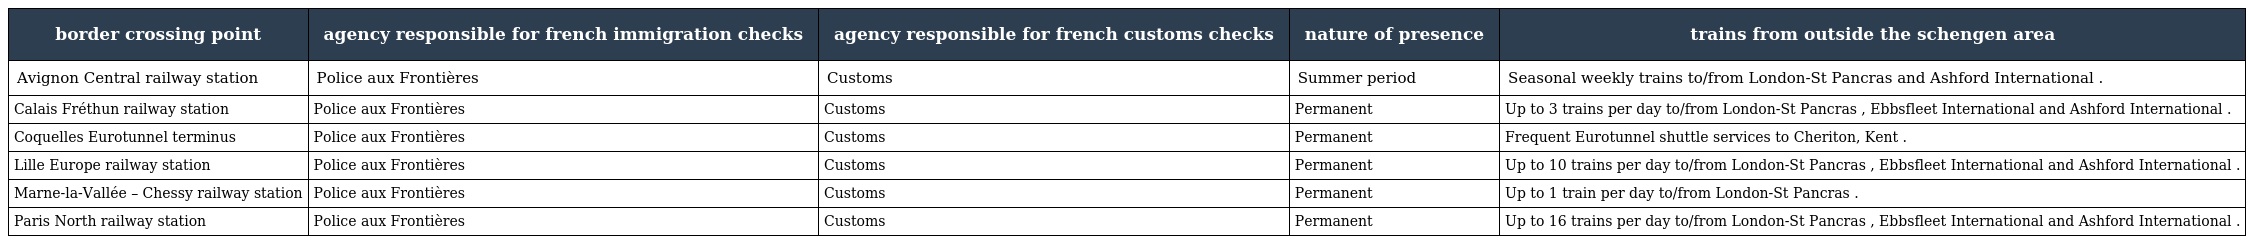
| border crossing point | agency responsible for french immigration checks | agency responsible for french customs checks | nature of presence | trains from outside the schengen area |
 | --- | --- | --- | --- | --- |
 | Avignon Central railway station | Police aux Frontières | Customs | Summer period | Seasonal weekly trains to/from London-St Pancras and Ashford International . |
 | Calais Fréthun railway station | Police aux Frontières | Customs | Permanent | Up to 3 trains per day to/from London-St Pancras , Ebbsfleet International and Ashford International . |
 | Coquelles Eurotunnel terminus | Police aux Frontières | Customs | Permanent | Frequent Eurotunnel shuttle services to Cheriton, Kent . |
 | Lille Europe railway station | Police aux Frontières | Customs | Permanent | Up to 10 trains per day to/from London-St Pancras , Ebbsfleet International and Ashford International . |
 | Marne-la-Vallée – Chessy railway station | Police aux Frontières | Customs | Permanent | Up to 1 train per day to/from London-St Pancras . |
 | Paris North railway station | Police aux Frontières | Customs | Permanent | Up to 16 trains per day to/from London-St Pancras , Ebbsfleet International and Ashford International . |